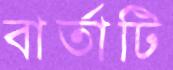
বার্তাটি